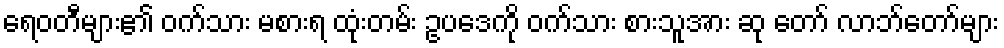
ရေဝတီများ၏ ဝက်သား မစားရ ထုံးတမ်း ဥပဒေကို ဝက်သား စားသူအား ဆု တော် လာဘ်တော်များ